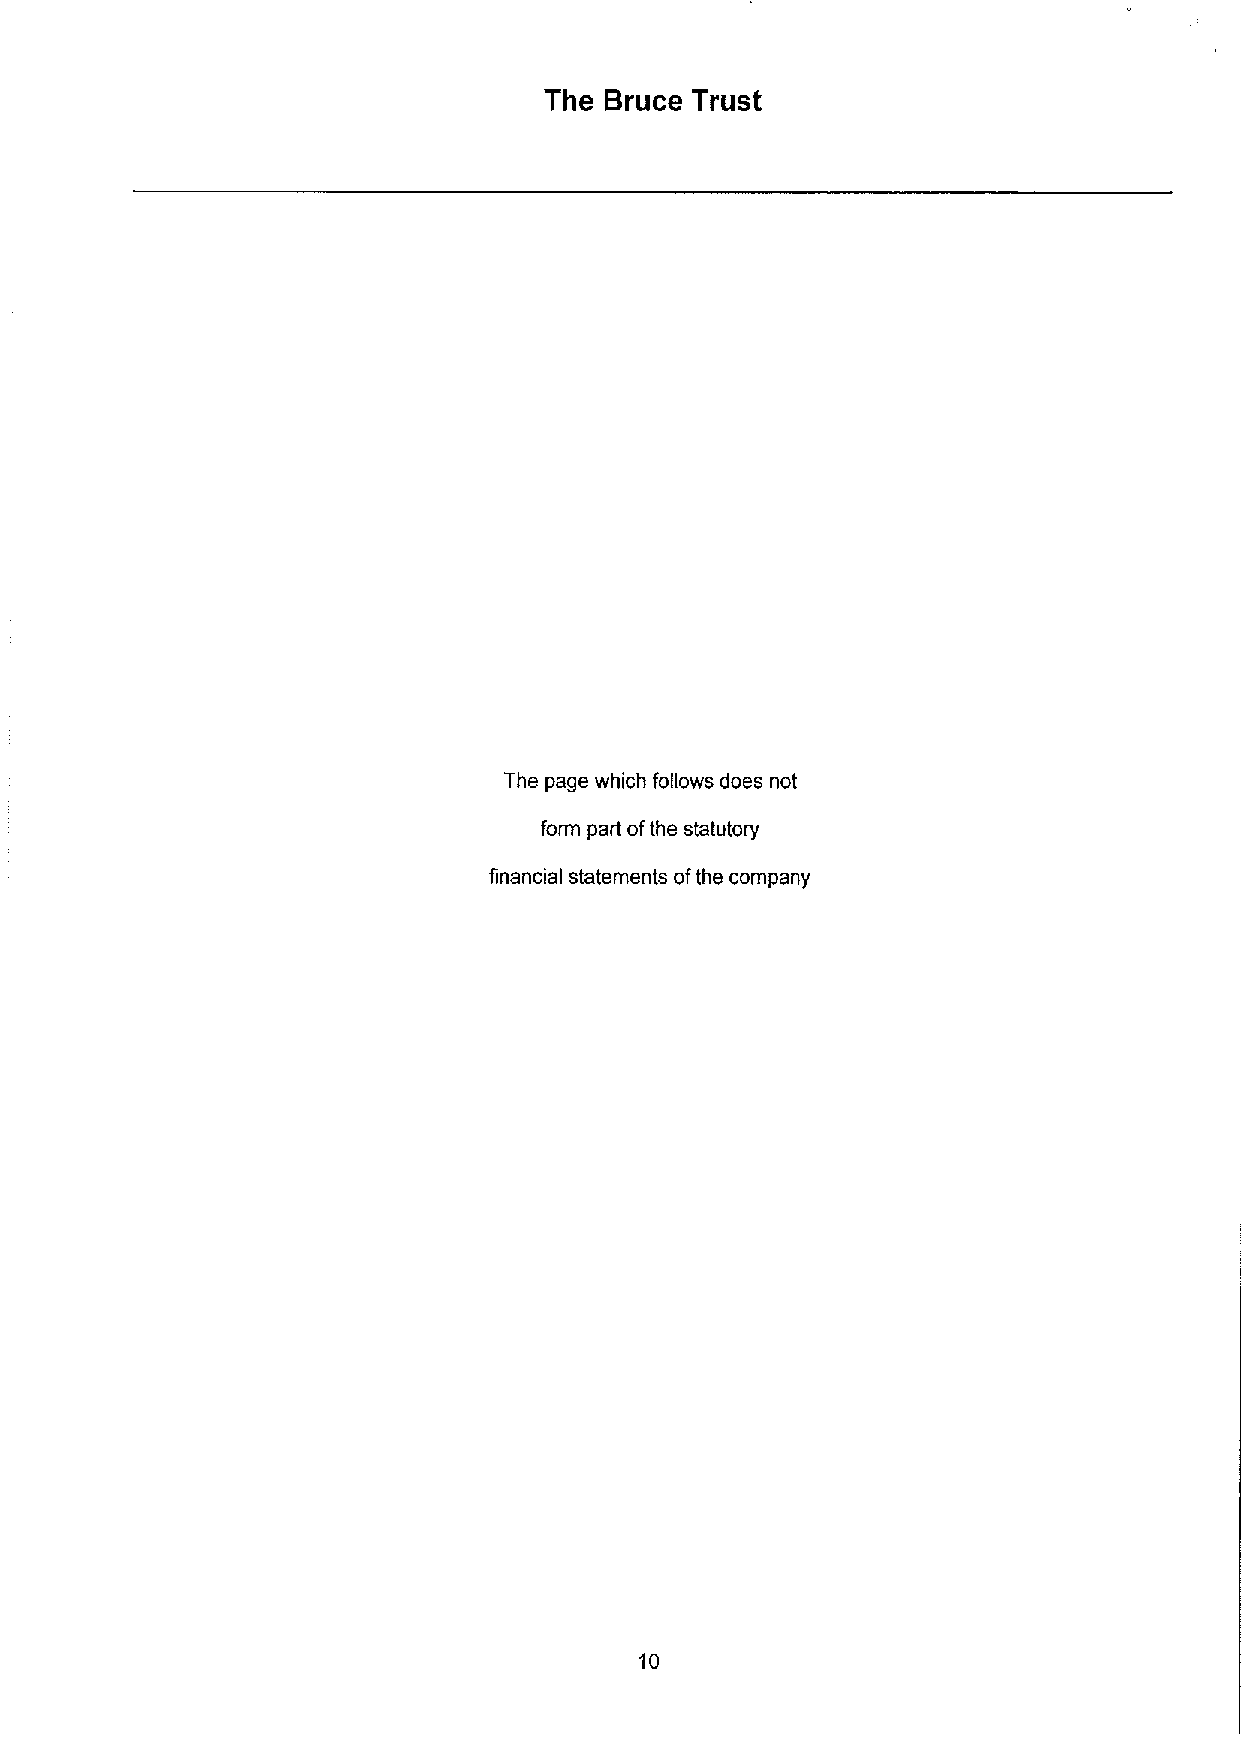
The Bruce Trust
 The page which follows does not
 form part ofthe statutory
 financial statements ofthe company
 10